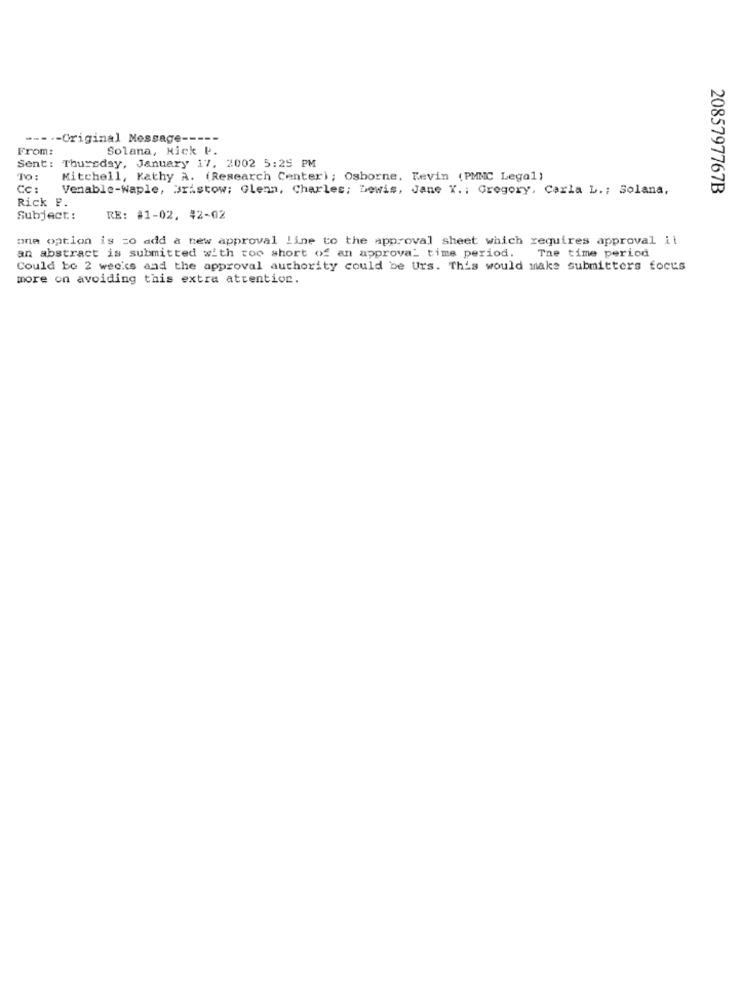
---- -- Original Message-
From:
Solana, Nick P.
Sent: Thursday, January 17, 2002 5:25 PM
TO :
Mitchell, Kathy A. (Research Center); Osborne, Kevin (PMMC Legal)
Cc:
Venable-Waple, Bristow; Glenn, Charles; Dewis, Jane K. : Gregory, Carla L .; Solana,
2085797767B
Rick P.
Subject:
RE: #1-02. 42-02
one option is zo add a new approval line to the approval sheet which requires approval il
an abstract is submitted with too short of an approval time period. The time period
Could be 2 weeks and the approval authority could be Urs. This would make submitters focus
more on avoiding this extra attention.